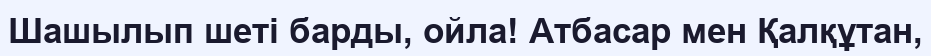
Шашылып шеті барды, ойла! Атбасар мен Қалқұтан,